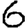
Digit: 6